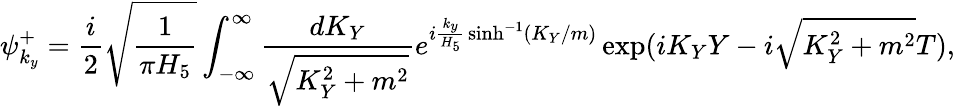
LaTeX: \psi_{k_{y}}^{+}=\frac{i}{2}\sqrt{\frac{1}{\pi H_{5}}}\int_{-\infty}^{\infty}\frac{dK_{Y}}{\sqrt{K_{Y}^{2}+m^{2}}}e^{i{\frac{k_{y}}{H_{5}}}\sinh^{-1}(K_{Y}/m)}\exp(iK_{Y}Y-i\sqrt{K_{Y}^{2}+m^{2}}T),